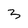
Character: 3